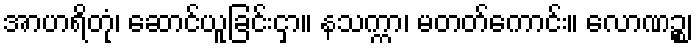
အာဟရိတုံ၊ ဆောင်ယူခြင်းငှာ။ နသက္ကာ၊ မတတ်ကောင်း။ လောဏဉ္စ၊